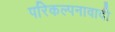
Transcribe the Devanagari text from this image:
परिकल्पनावादी